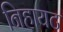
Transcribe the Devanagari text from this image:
निहायट